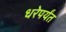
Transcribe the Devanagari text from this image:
धरेपर्यंत